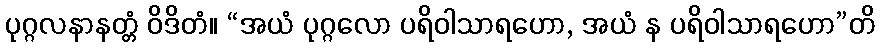
ပုဂ္ဂလနာနတ္တံ ဝိဒိတံ။ “အယံ ပုဂ္ဂလော ပရိဝါသာရဟော, အယံ န ပရိဝါသာရဟော”တိ